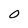
Character: 0